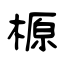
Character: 榞